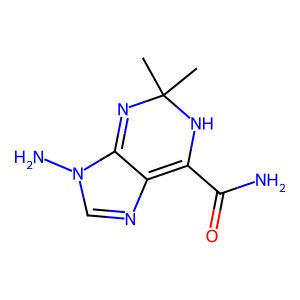
SMILES: CC1(C)N=c2c(ncn2N)=C(C(N)=O)N1
Inhibits HIV replication: No